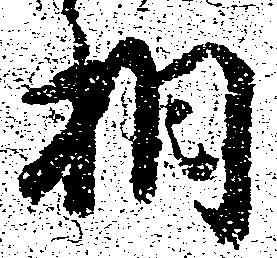
相